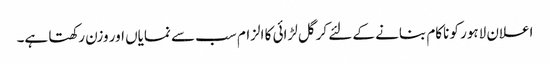
اعلان لاہور کو ناکام بنانے کے لئے کرگل لڑائی کا الزام سب سے نمایاں اور وزن رکھتا ہے۔